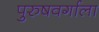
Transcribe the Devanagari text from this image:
पुरुषवर्गाला